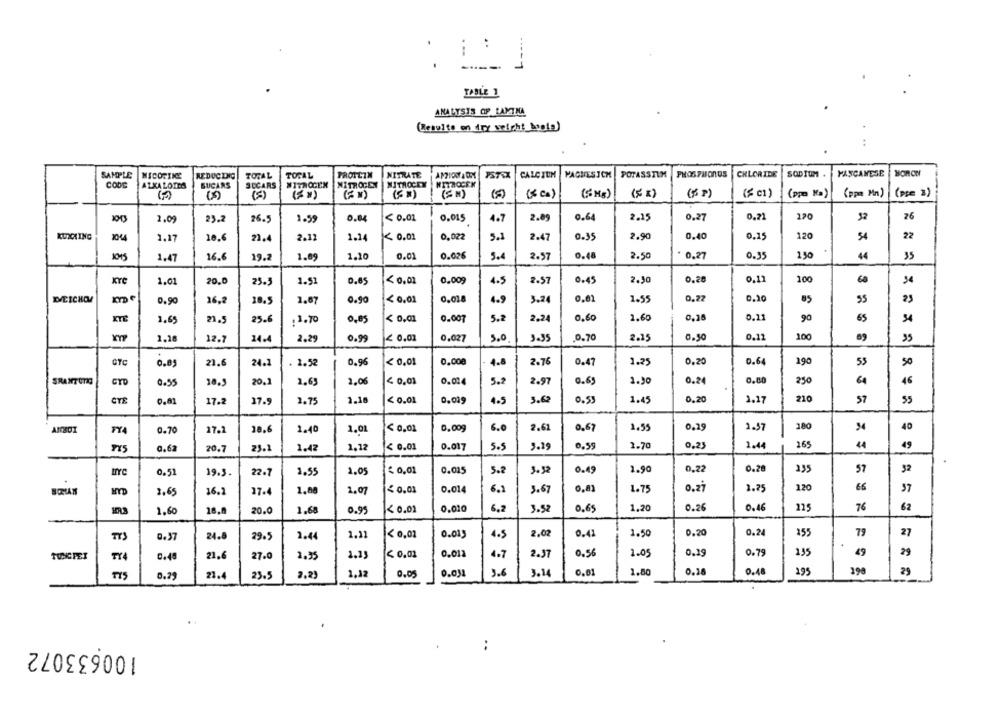
.
..
...
TABLE 1
ANALYSTS OF LAMINA
(Results on dry weight boots)
PHOSPHORUS
SODIUM .
FASCAMESE
SAMPLE
NICOTINE
REDUCING
TOTAL
TOTAL
PROICIN
NITRATE
CALCIUM
PAGUESICH
POTASSTIM
CHLORIDE
CODE
AZXALOTES
SUCARS
3DCARS
MITACCEX
NITROGEN
MITROCEY
MITROCEK
(5)
(CN)
(3 00)
(5 Mg)
(FR )
(6 P)
($ c1)
(pp Na)
(ppm Mn)
(pp= 2)
0,21
120
32
76
1.09
23.2
26.5
1.59
0.84
< 0.01
0,015
4.7
2.89
0.64
2.15
0,27
KUXLING
1.17
10.6
2.12
1.14
< 0.01
0,022
5.1
2.47
0.35
2.90
0.40
0,25
120
54
22
21.
1.47
16.6
19.
1.09
1.10
0.01
0.026
5.4
2.57
0.48
2.50
* 0.27
0.35
150
44
35
1.61
20.0
1.51
0.65
< 0.02
0.009
2.57
0.45
2.30
0.20
0.11
100
60
25.3
4.5
DEICHOM
0.90
16,2
18.5
1.07
0.90
<0,01
0,028
4.9
3.24
0,02
1.55
0.22
0,20
85
55
2.24
0,60
1.60
0,38
0,21
90
65
54
XTE
1.69
21.5
25.6
. 3.10
0,85
< 0,01
0.007
5.2
1.18
12.7
14.4
2.29
0.99
2 0.01
0.027
5.0
3.35
0.70
2.15
0.50
0.11
100
89
55
CTC
0.89
21.6
24.1
1.52
0.95
< 0,01
0,000
4.8
2.76
0.47
1.25
0,20
0.64
190
53
50
SRANTOTO
2,06
< 0,01
0.024
5.2
2.97
0.69
1.30
0.24
0.80
250
64
46
0.95
20,2
1,65
CYE
0.01
17.2
27.9
2.75
1.10
< 0.01
0,019
4.5
3.62
0.53
1.45
0.20
1.17
210
57
55
0.70
27.2
38,6
1.40
1.01
< 0,01
0.009
6.0
2.6
0.67
1,59
0,29
1.57
180
40
21.1
< 0.01
0.017
5.5
0.99
2.70
0,23
1.44
265
4
49
0.62
20.7
1.42
1.12
1.90
0,22
0.20
235
57
32
ITYc
0.51
19.3.
22.7
1,55
1.05
€ 0,01
0.015
5.2
3. 3
0.49
1.80
< 0.01
0.014
6.1
0,81
1.75
0,zł
2.25
120
66
37
BORIAN
1,65
16.1
17.4
1.07
3.67
1,60
20.0
1.68
0.95
< 0.01
0.010
6.2
3.52
0.65
1.20
0.26
0.46
125
76
62
0.20
0.24
79
0.37
24.8
29.5
1.44
1.21
< 0,01
0.015
4.5
2,02
0.42
1.50
155
27
< 0.01
0.012
2.37
0.50
1.05
0.19
0.79
195
49
29
TUNGFET
0.45
21.6
27.0
1.35
1.13
4.7
FFE
0.25
21.4
25.5
2,25
1.12
0.011
3.6
3.14
1.80
0.26
0.48
195
198
29
100633072
: